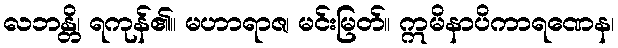
လဘန္တိ၊ ရကုန်၏။ မဟာရာဇ၊ မင်းမြတ်။ ဣမိနာပိကာရဏေန၊